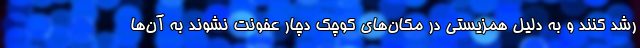
رشد کنند و به دلیل همزیستی در مکان‌های کوچک دچار عفونت نشوند به آن‌ها